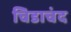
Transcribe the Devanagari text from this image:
चिडाचंद